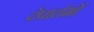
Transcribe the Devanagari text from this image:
देपार्तमों